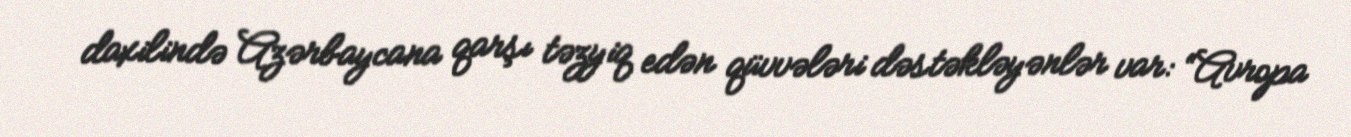
daxilində Azərbaycana qarşı təzyiq edən qüvvələri dəstəkləyənlər var: “Avropa